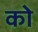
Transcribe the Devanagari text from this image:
काेे